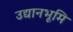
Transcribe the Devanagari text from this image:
उद्यानभूमि